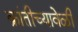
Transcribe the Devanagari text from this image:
क्रांतीच्यावेळी